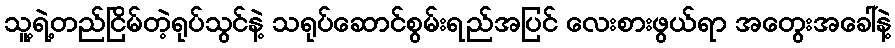
သူ့ရဲ့တည်ငြိမ်တဲ့ရုပ်သွင်နဲ့ သရုပ်ဆောင်စွမ်းရည်အပြင် လေးစားဖွယ်ရာ အတွေးအခေါ်နဲ့